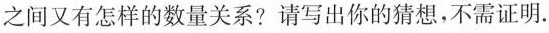
之间又有怎样的数量关系?请写出你的猜想，不需证明。